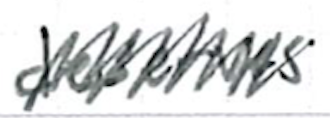
Text: deserves
Cross-out: zig-zag
Writing tool: ballpoint